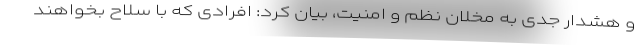
و هشدار جدی به مخلان نظم و امنیت، بیان کرد: افرادی که با سلاح بخواهند